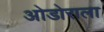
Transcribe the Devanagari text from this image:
ओडोराला